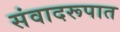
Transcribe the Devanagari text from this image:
संवादरूपात